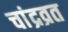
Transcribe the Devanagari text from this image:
चांद्रव्रत